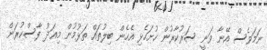
ނަމަވެސް އޭނާ ވަނީ ސަރުކާރުން ހުށަހެޅި އެހެން ބިލުތައް ތަޅުމުން މިއަދު ފާސްކުރަން